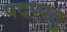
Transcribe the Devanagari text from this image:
पदप्पतु